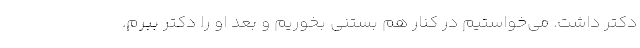
دکتر داشت. می‌خواستیم در کنار هم بستنی بخوریم و بعد او را دکتر ببرم.